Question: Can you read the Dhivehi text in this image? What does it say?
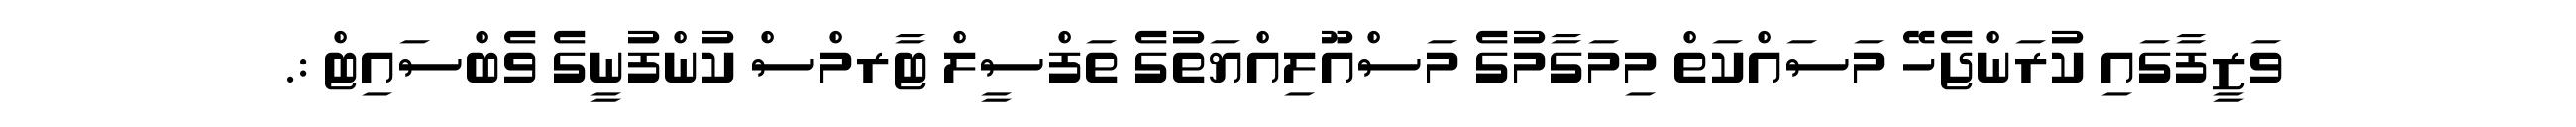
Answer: ވަޒީފާގައި ކުރަންޖެހޭ މަސައްކަތް މިމަގާމުގެ މަސްއޫލިއްޔަތުގެ ތަފްސީލް ޓާރމްސް ކުންފުނީގެ ވެބްސައިޓް :.